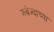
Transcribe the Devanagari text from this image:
झ्वेज्दाच्या